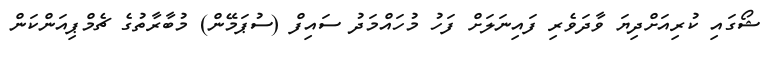
ޝޯގައި ކުރިއަށްދިޔަ ވާދަވެރި ފައިނަލަށް ފަހު މުހައްމަދު ސައިފް (ސުޕަމޭން) މުބާރާތުގެ ޗެމްޕިއަންކަން